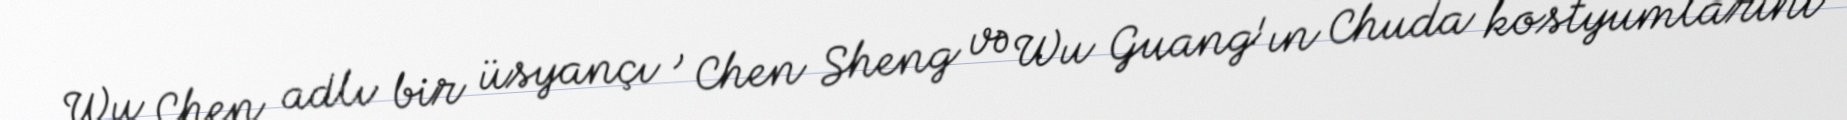
Wu Chen adlı bir üsyançı , Chen Sheng və Wu Guang'ın Chuda kostyumlarını